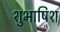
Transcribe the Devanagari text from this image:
शुभाषिश